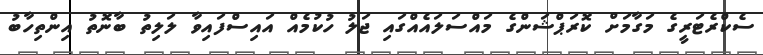
ސެކްރެޓަރީގެ މަގާމަށް ކޮރަޕްޝަންގެ މައްސަލައެއްގައި ޖަލު ހުކުމެއް އައިސްފައިވާ ލަލިތު ބާނޮތު އިންތިހާބު